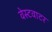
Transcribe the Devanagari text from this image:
वेस्टवाटर